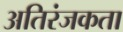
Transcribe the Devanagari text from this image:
अतिरंजकता